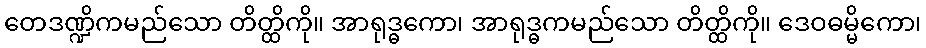
တေဒဏ္ဍိကမည်သော တိတ္ထိကို။ အာရုဒ္ဓကော၊ အာရုဒ္ဓကမည်သော တိတ္ထိကို။ ဒေဝဓမ္မိကော၊